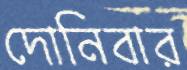
দোনিবার